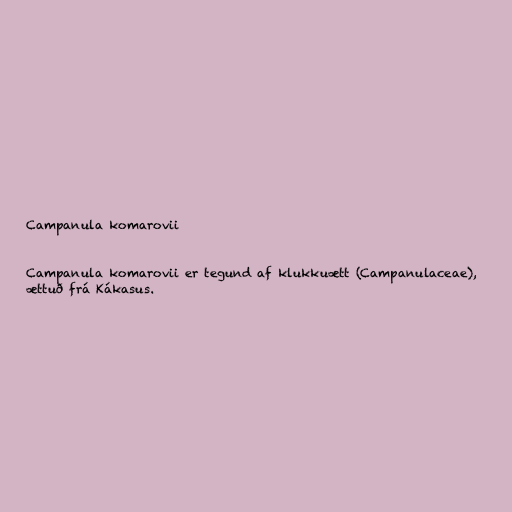
Campanula komarovii

Campanula komarovii er tegund af klukkuætt (Campanulaceae),
ættuð frá Kákasus.